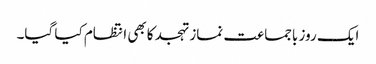
ایک روز باجماعت نماز تہجد کابھی انتظام کیا گیا۔